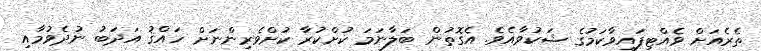
ތެރެއަށް ވެއްޓިފައިވާކަމުގެ ޝަކުވާއެވެ. އެގޮތުން ބަލާނަމަ ކުށްކުރާ ކުށްވެރިންނަށް ހައްޤު އަދަބު ނުދެވުމާއި